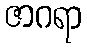
ဇာဂရာ